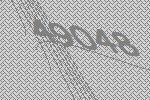
49048